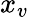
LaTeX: x_{v}